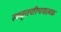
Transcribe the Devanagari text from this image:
स्ववृत्तपरिचयात्मक